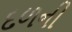
દળની